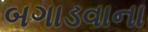
બગાડવાના